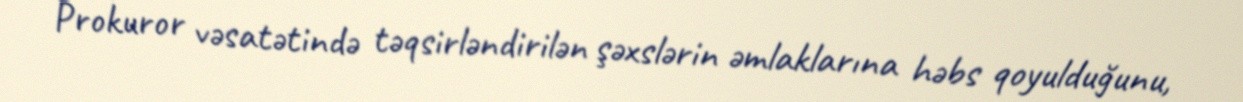
Prokuror vəsatətində təqsirləndirilən şəxslərin əmlaklarına həbs qoyulduğunu,